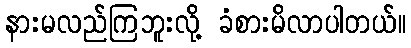
နားမလည်ကြဘူးလို့ ခံစားမိလာပါတယ်။